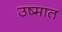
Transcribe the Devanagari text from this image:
उष्मात